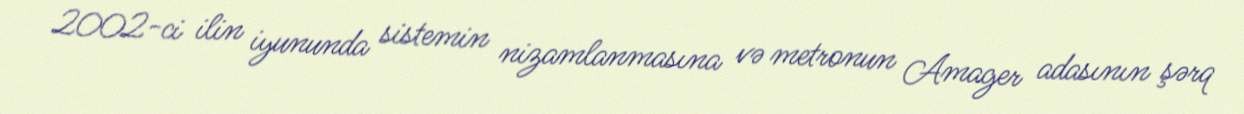
2002-ci ilin iyununda sistemin nizamlanmasına və metronun Amager adasının şərq